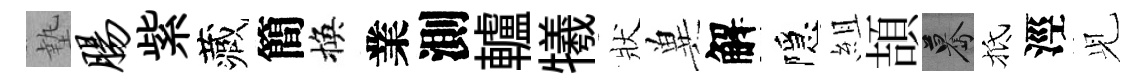
墊肠紫藏簡換業測轤犧狀兾解隱組頡驀抵涇𫤗